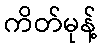
ကိတ်မုန့်